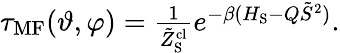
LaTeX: \begin{array}{r}{\tau_{\mathrm{MF}}(\vartheta,\varphi)=\frac{1}{\tilde{Z}_{\mathrm{S}}^{\mathrm{cl}}}e^{-\beta(H_{\mathrm{S}}-Q\tilde{S}^{2})}.}\end{array}